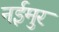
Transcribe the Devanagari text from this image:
नईमुर